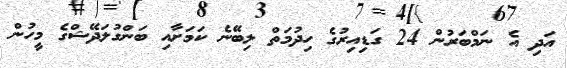
އަދި އެ ނަމްބަރުން 24 ގަޑިއިރުގެ ހިދުމަތް ލިބޭނެ ކަމަށާއި ބަންގުލަދޭޝްގެ މީހުން